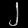
Digit: ၂